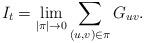
LaTeX: \begin{align*} I_t = \lim_{ |\pi| \rightarrow 0} \sum_{ (u,v) \in \pi } G_{u v} .\end{align*}